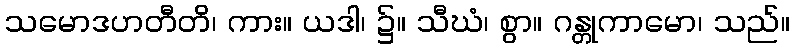
သမောဒဟတီတိ၊ ကား။ ယဒါ၊ ၌။ သီဃံ၊ စွာ။ ဂန္တုကာမော၊ သည်။